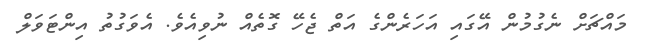
މައްޗަށް ނެގުމުން އޭގައި އަހަރެންގެ އަތް ޖެހޭ ގޮތެއް ނުވިއެވެ. އެވަގުތު އިންޓަވަލް